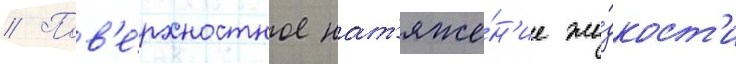
// Пов'е́рхностное нат'яже́н'ие жи́дкост'и